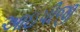
આઇપીજી